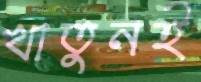
খাতুনই